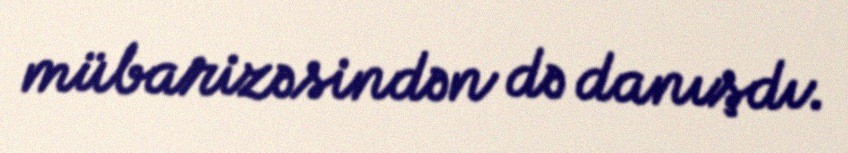
mübarizəsindən də danışdı.